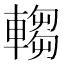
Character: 𬧺